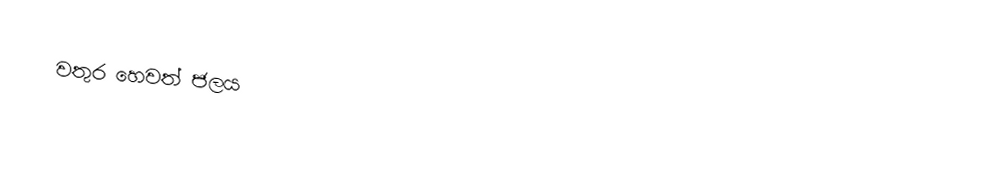
වතුර හෙවත් ජලය